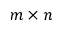
m \times n